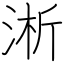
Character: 淅